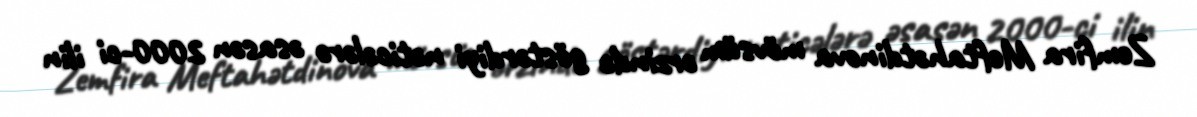
Zemfira Meftahətdinova mövsüm ərzində göstərdiyi nəticələrə əsasən 2000-ci ilin